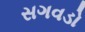
સગવડો